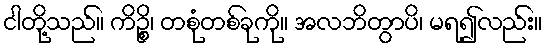
ငါတို့သည်။ ကိဉ္စိ၊ တစုံတစ်ခုကို။ အလဘိတွာပိ၊ မရ၍လည်း။